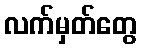
လက်မှတ်တွေ